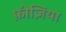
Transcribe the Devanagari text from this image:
फ़ीज़िया